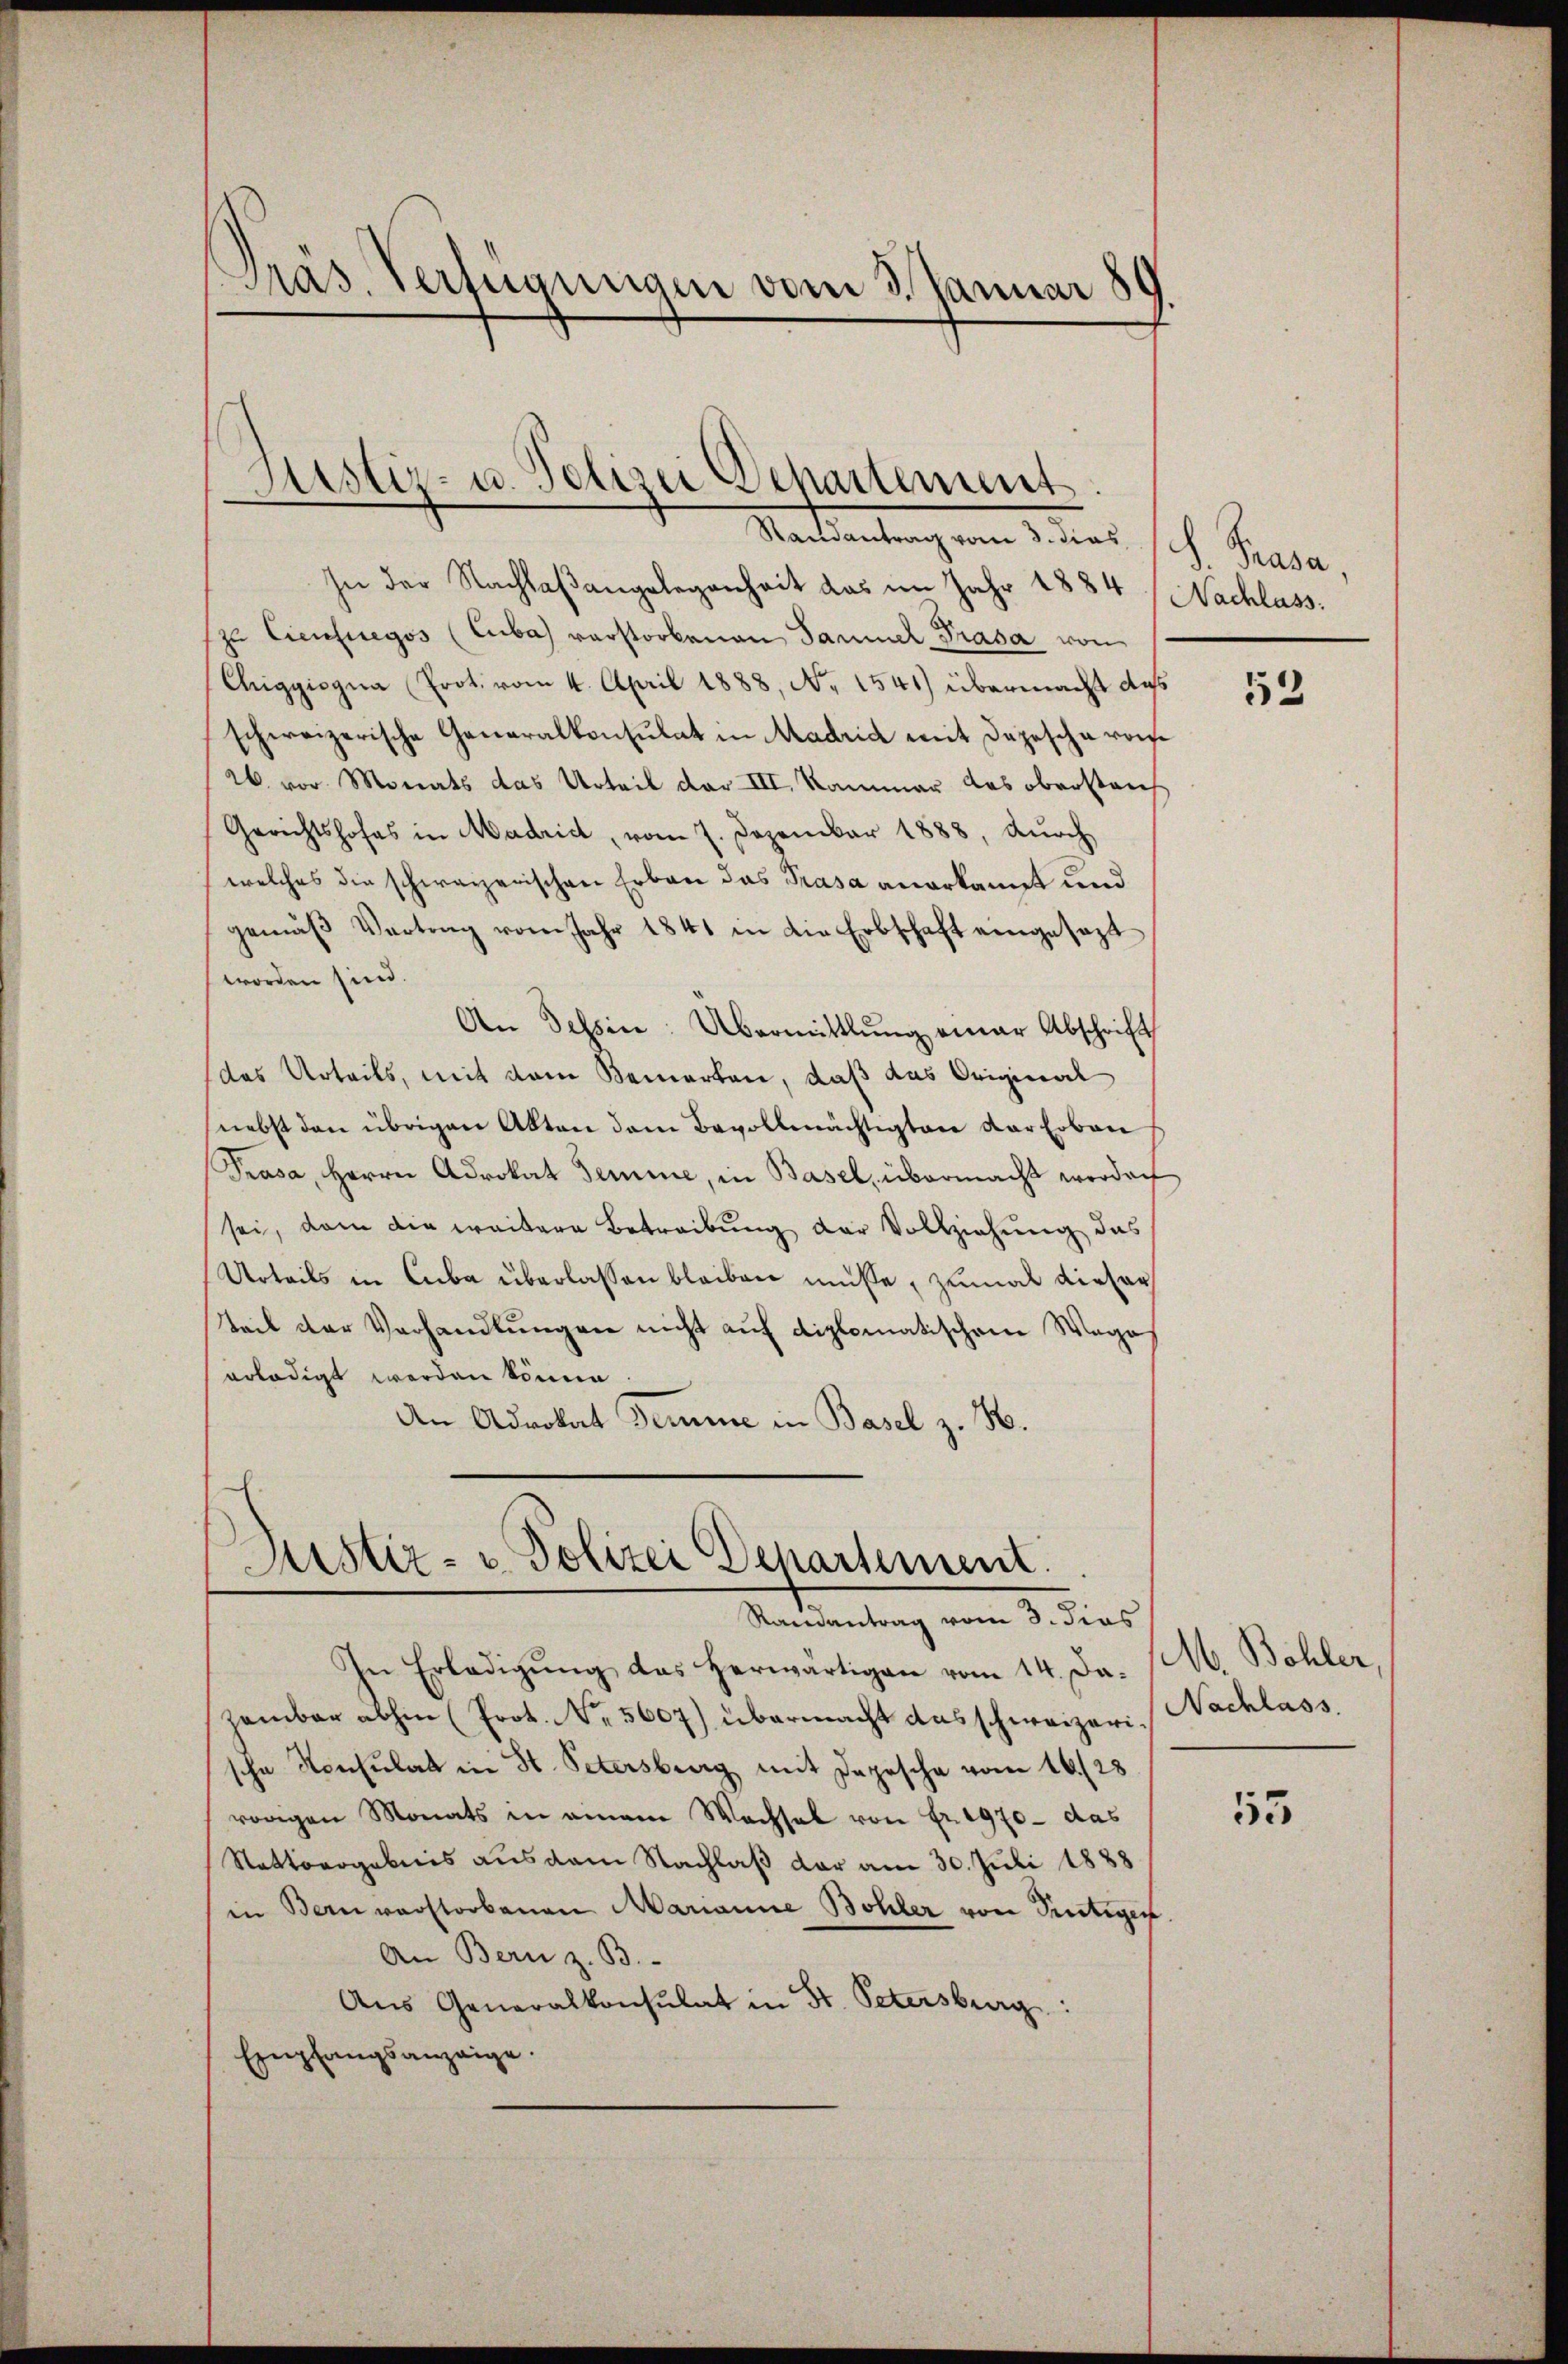
Präs. Verfügungen vom 3. Januar 189

Astiz- u. Polizei Departement.
Randantrag vom 3. dies

In der Nachlaßangelegenheit das im Jahr 1884
zu Cieufuegos (Cuba) verstorbenen Sammer Prasa von
Chiggisgna (Prot. vom 4. April 1888, No 1541) übermacht das
schweizerische Generalkonsulat in Madrich mit Depesche von
26. vor. Monats das Urteil dar III, Kammer das oberstauf
Gerichtshofes in Madrid, vom 7. Dezember 1888, durch
welches die schweizerischen Erbau das Prasa anerkannt und
gemäβ Vertrag vom Jahr 1841 in die Erbschaft eingesezt
worden sind.
An Tessin: Übermittlung einer Abschrift
das Urteils, mit dem Bemerken, daß das Original
nebst den übrigen Akten dem Bevollmächtigten der Erben
Prasa, Herrn Advokat Semine, in Basel, übermacht worden
sei, dem die weitere Betreibung der Vollziehung das
Urteils in Cuba überlassen bleiben müsse, zumal dieser
Teil der Verhandlungen nicht auf diplomatischen Wage
erledigt werden könne
An Advokat Demme in Basel z. B.

Justiz- u. Polizei Departement.
Randantrag vom 8. dies

In Erledigung des herwärtigen vom 14. Ja. M. Bohler,
Hamber abhin (Prot. No. 5607) übermacht das schweizeri, Nachlass
sche Konsulat in St. Petersburg mit Depesche vom 16. 28
vorigen Monats in einem Wachsel von Fr. 1970 - das
Stattergebnis aus dem Nachlaß der am 30. Juli 1888
in Bern verstorbenen Marianne Bohler von Pertigen.
An Bern z. B.
Ans Generalkonsulat in St. Petersburg:
Empfangsanzeige.

V. Trasa,
Nachlass.

552

55